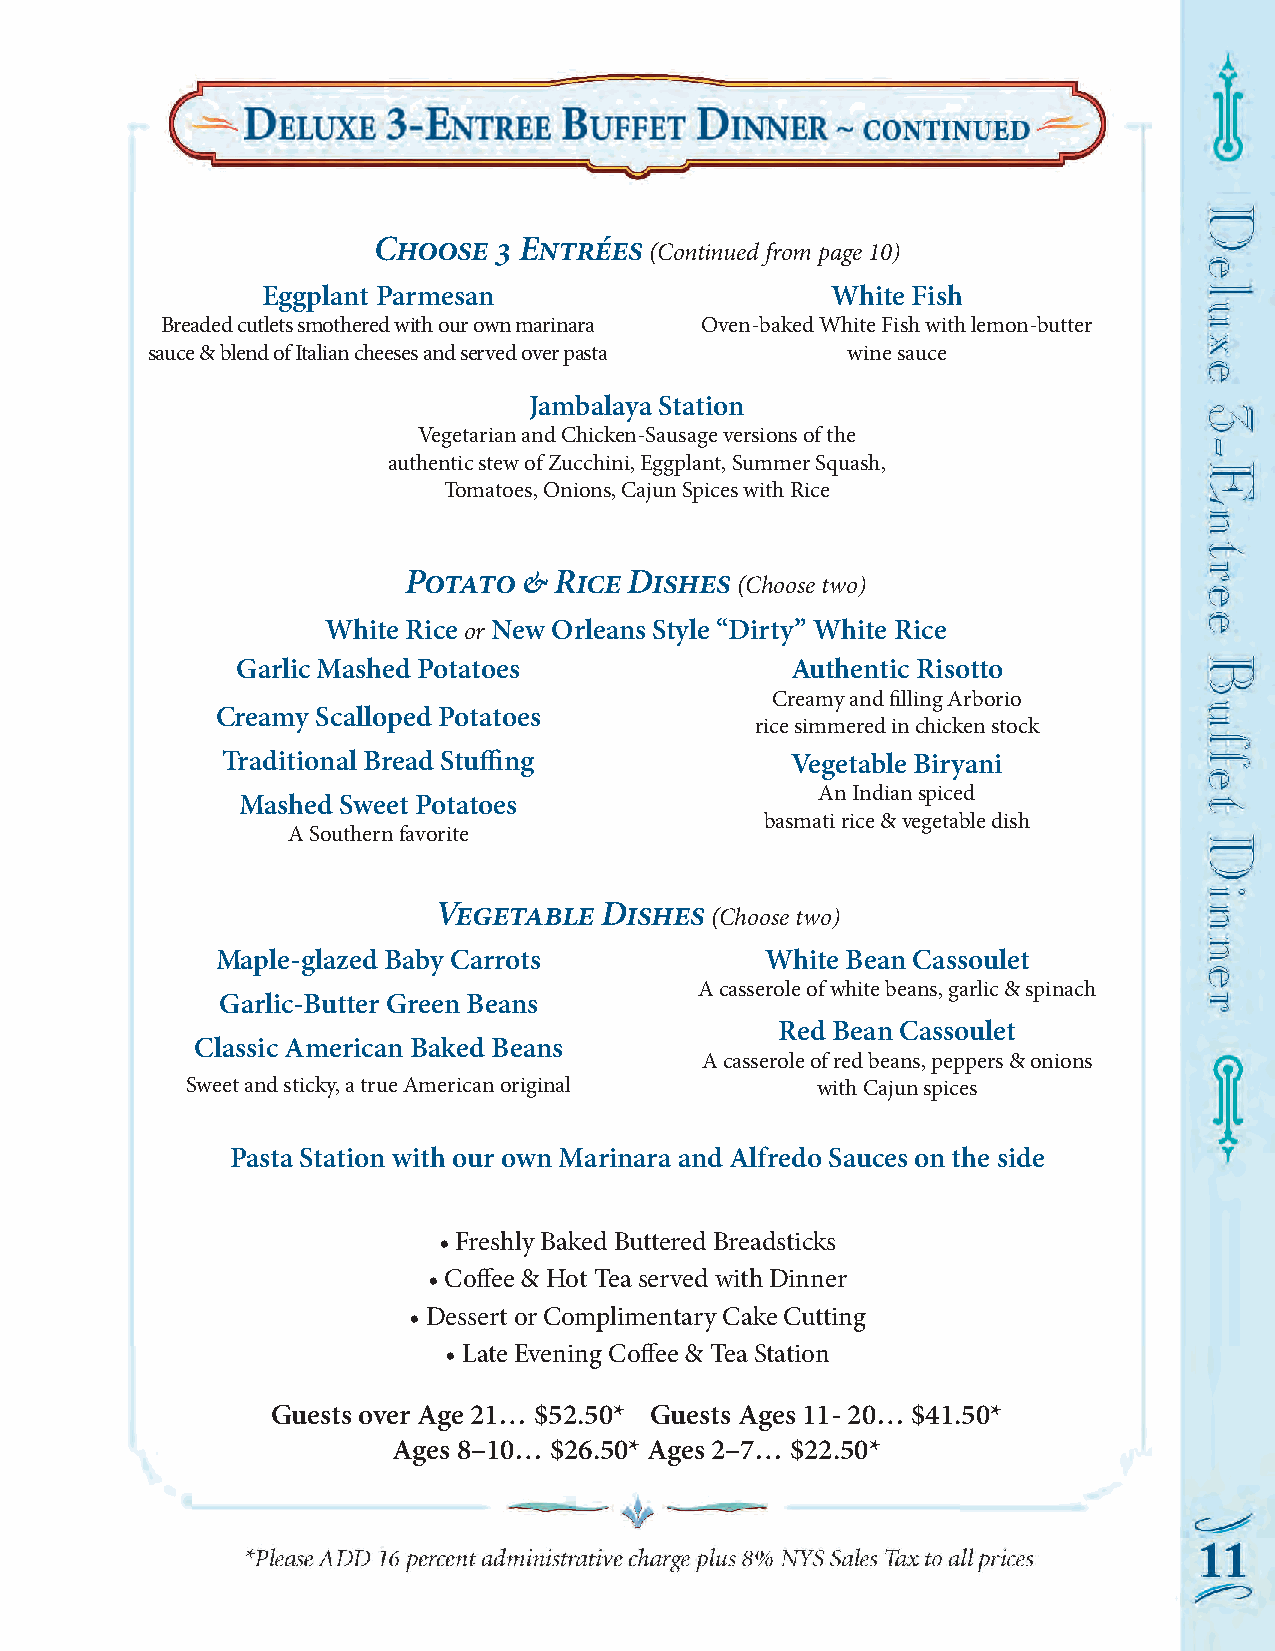
Choose  3 Entrées
 (Continued from page 10)
 Eggplant Parmesan                     White Fish
 Breaded cutlets smothered with our own marinara Oven-baked White Fish with lemon-butter
 sauce & blend of Italian cheeses and served over pasta wine sauce
 Jambalaya Station
 Vegetarian and Chicken-Sausage versions of the
 authentic stew of Zucchini, Eggplant, Summer Squash,
 Tomatoes, Onions, Cajun Spices with Rice
 Potato  & Rice Dishes
 (Choose two)
 White Rice or New Orleans Style “Dirty” White Rice
 Garlic Mashed Potatoes              Authentic Risotto
 Creamy and filling Arborio
 Creamy Scalloped Potatoes
 rice simmered in chicken stock
 Traditional Bread Stuffing           Vegetable Biryani
 An Indian spiced
 Mashed Sweet Potatoes
 basmati rice & vegetable dish
 A Southern favorite
 Vegetable  Dishes
 (Choose two)
 Maple-glazed Baby Carrots            White Bean Cassoulet
 A casserole of white beans, garlic & spinach
 Garlic-Butter Green Beans
 Red Bean Cassoulet
 Classic American Baked Beans
 A casserole of red beans, peppers & onions
 Sweet and sticky, a true American original with Cajun spices
 Pasta Station with our own Marinara and Alfredo Sauces on the side
 • Freshly Baked Buttered Breadsticks
 • Coffee & Hot Tea served with Dinner
 • Dessert or Complimentary Cake Cutting
 • Late Evening Coffee & Tea Station
 Guests over Age 21… $52.50* Guests Ages 11- 20… $41.50*
 Ages 8–10… $26.50* Ages 2–7… $22.50*